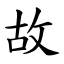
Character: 故